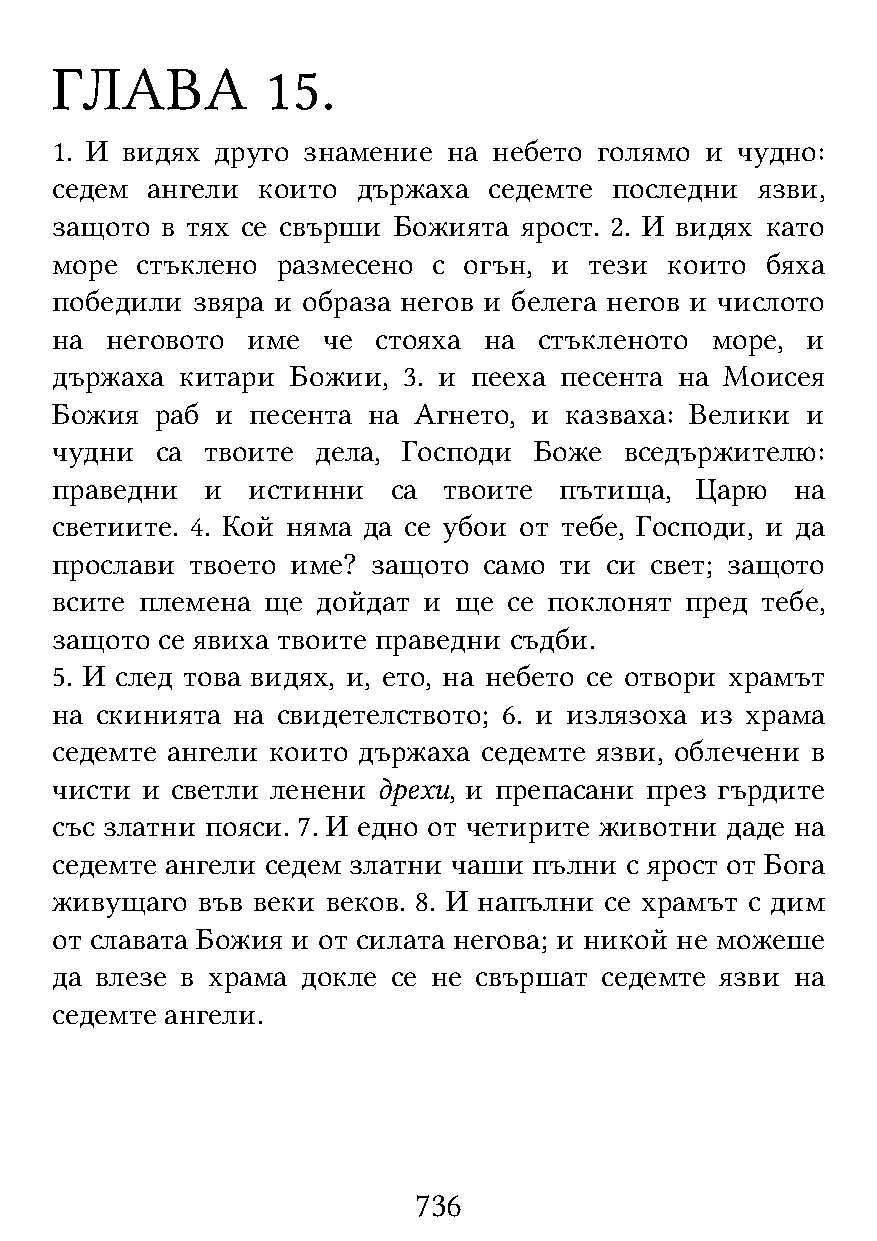
ГЛАВА          15.
 1. И видях друго знамение  на небето голямо и чудно:
 седем  ангели които  държаха седемте  последни язви,
 защото  в тях се свърши Божията ярост. 2. И видях като
 море  стъклено размесено  с огън, и тези които  бяха
 победили  звяра и образа негов и белега негов и числото
 на  неговото име  че  стояха на  стъкленото море, и
 държаха  китари Божии,  3. и пееха песента на Моисея
 Божия  раб и  песента на Агнето, и казваха: Велики и
 чудни  са твоите  дела, Господи Боже  вседържителю:
 праведни   и истинни   са твоите  пътища,  Царю   на
 светиите. 4. Кой няма да се убои от тебе, Господи, и да
 прослави  твоето име? защото само ти си свет; защото
 всите племена ще  дойдат и ще  се поклонят пред тебе,
 защото се явиха твоите праведни съдби.
 5. И след това видях, и, ето, на небето се отвори храмът
 на скинията на свидетелството; 6. и излязоха из храма
 седемте ангели които държаха седемте язви, облечени в
 чисти и светли ленени дрехи, и препасани през гърдите
 със златни пояси. 7. И едно от четирите животни даде на
 седемте ангели седем златни чаши пълни с ярост от Бога
 живущаго  във веки веков. 8. И напълни се храмът с дим
 от славата Божия и от силата негова; и никой не можеше
 да влезе в храма докле се не свършат седемте язви на
 седемте ангели.
 736